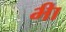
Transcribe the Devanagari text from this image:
भ्‍ीा